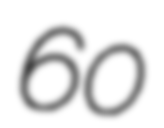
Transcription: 60